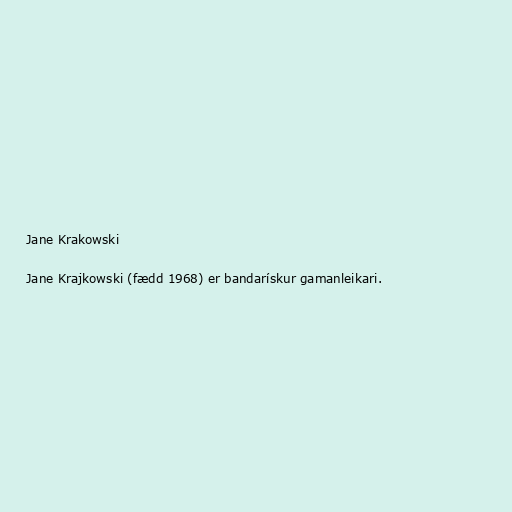
Jane Krakowski

Jane Krajkowski (fædd 1968) er bandarískur gamanleikari.